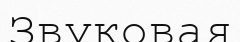
Звуковая